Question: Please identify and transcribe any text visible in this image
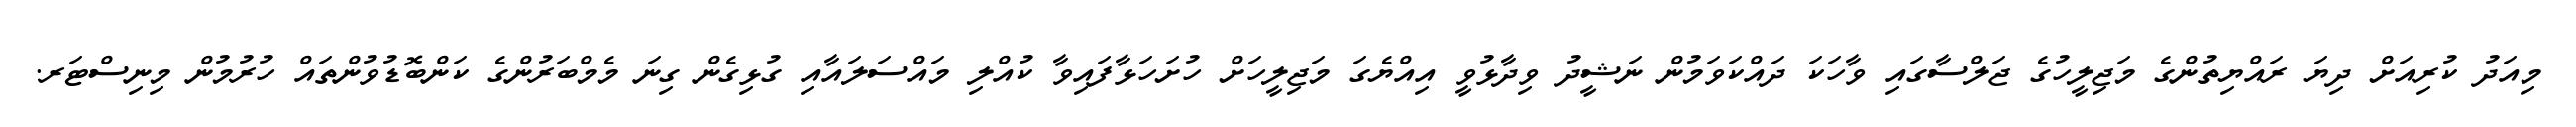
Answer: މިއަދު ކުރިއަށް ދިޔަ ރައްޔިތުންގެ މަޖިލީހުގެ ޖަލްސާގައި ވާހަކަ ދައްކަވަމުން ނަޝީދު ވިދާޅުވީ އިއްޔެގަ މަޖިލީހަށް ހުށަހަޅާފައިވާ ކުއްލި މައްސަލައާއި ގުޅިގެން ގިނަ މެމްބަރުންގެ ކަންބޮޑުވުންތައް ހުރުމުން މިނިސްޓަރ.